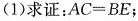
(1)求证： $$ AC = BE $$；